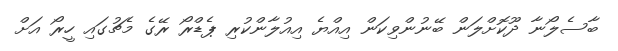
ބާސެލޯނާ ދޫކޮށްލަން ބޭނުންވިކަން އިއްޔެ އިއުލާންކުރި ޕެޑްރޯ ރޭގެ މެޗުގައި ހީރޯ އަށް